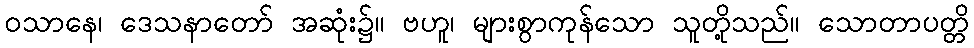
ဝသာနေ၊ ဒေသနာတော် အဆုံး၌။ ဗဟူ၊ များစွာကုန်သော သူတို့သည်။ သောတာပတ္တိ